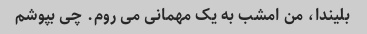
بلیندا، من امشب به یک مهمانی می روم. چی بپوشم